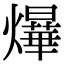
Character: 爗